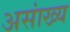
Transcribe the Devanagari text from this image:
असांख्य